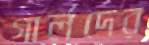
গার্লদের